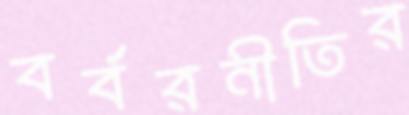
বর্বরনীতির